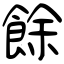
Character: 餘